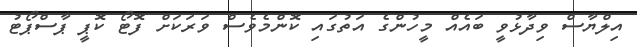
އިލްޔާސް ވިދާޅުވީ ބައެއް މީހުންގެ އަތުގައި ކޮންމެވެސް ވަރަކަށް ފޮޓޯ ކޮޕީ ޕާސްޕޯޓު